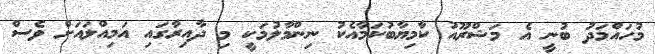
މުހައްމަދު ބުނީ އެ މަޝްރޫއު ކާމިޔާބުކަމާއެކު ނިންމާލުމަކީ މި ދާއިރާގައި އަމިއްލައަށް ވެސް